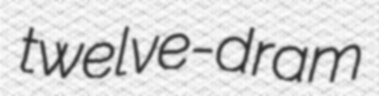
twelve-dram